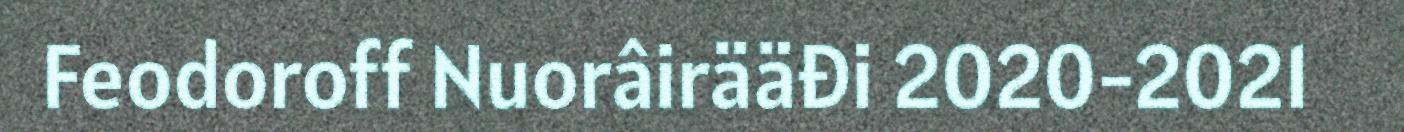
Feodoroff Nuorâirääđi 2020-2021